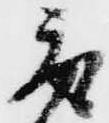
取